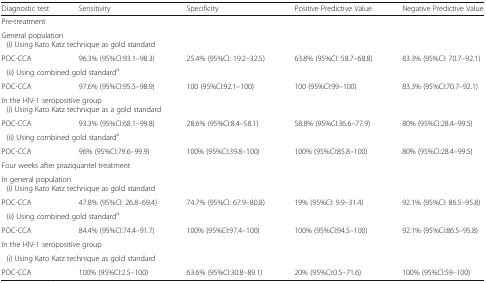
<table><thead><tr><td><b>Diagnostic test</b></td><td><b>Sensitivity</b></td><td><b>Specificity</b></td><td><b>Positive Predictive Value</b></td><td><b>Negative Predictive Value</b></td></tr></thead><tbody><tr><td colspan="5">Pre-treatment</td></tr><tr><td colspan="5">General population (i) Using Kato Katz technique as gold standard</td></tr><tr><td>POC-CCA</td><td>96.3% (95%CI:93.1–98.3)</td><td>25.4% (95%CI: 19.2–32.5)</td><td>63.8% (95%CI: 58.7–68.8)</td><td>83.3% (95%CI: 70.7–92.1)</td></tr><tr><td colspan="5"> (ii) Using combined gold standard<sup>a</sup></td></tr><tr><td>POC-CCA</td><td>97.6% (95%CI:95.5–98.9)</td><td>100 (95%CI:92.1–100)</td><td>100 (95%CI:99–100)</td><td>83.3% (95%CI:70.7–92.1)</td></tr><tr><td colspan="5">In the HIV-1 seropositive group (i) Using Kato Katz technique as a gold standard</td></tr><tr><td>POC-CCA</td><td>93.3% (95%CI:68.1–99.8)</td><td>28.6% (95%CI:8.4–58.1)</td><td>58.8% (95%CI:36.6–77.9)</td><td>80% (95%CI:28.4–99.5)</td></tr><tr><td colspan="5"> (ii) Using combined gold standard<sup>a</sup></td></tr><tr><td>POC-CCA</td><td>96% (95%CI:79.6–99.9)</td><td>100% (95%CI:39.8–100)</td><td>100% (95%CI:85.8–100)</td><td>80% (95%CI:28.4–99.5)</td></tr><tr><td colspan="5">Four weeks after praziquantel treatment</td></tr><tr><td colspan="5">In general population (i) Using Kato Katz technique as gold standard</td></tr><tr><td>POC-CCA</td><td>47.8% (95%CI: 26.8–69.4)</td><td>74.7% (95%CI: 67.9–80.8)</td><td>19% (95%CI: 9.9–31.4)</td><td>92.1% (95%CI: 86.5–95.8)</td></tr><tr><td colspan="5"> (ii) Using combined gold standard<sup>a</sup></td></tr><tr><td>POC-CCA</td><td>84.4% (95%CI:74.4–91.7)</td><td>100% (95%CI:97.4–100)</td><td>100% (95%CI:94.5–100)</td><td>92.1% (95%CI:86.5–95.8)</td></tr><tr><td colspan="5">In the HIV-1 seropositive group</td></tr><tr><td colspan="5"> (i) Using Kato Katz technique as gold standard</td></tr><tr><td>POC-CCA</td><td>100% (95%CI:2.5–100)</td><td>63.6% (95%CI:30.8–89.1)</td><td>20% (95%CI:0.5–71.6)</td><td>100% (95%CI:59–100)</td></tr></tbody></table>